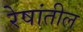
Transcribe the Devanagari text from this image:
रेषांतील